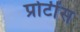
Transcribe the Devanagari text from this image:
प्रोटींस